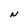
Character: N